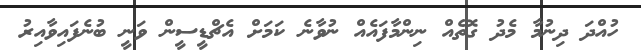
ހުއްދަ ދިނުމާ މެދު ގޮތެއް ނިންމާފައެއް ނުވާނެ ކަމަށް އެޗްޑީސީން ވަނީ ބުނެފައިވާއިރު